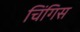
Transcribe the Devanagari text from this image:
चिंगिस